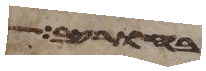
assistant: רחבות עיר